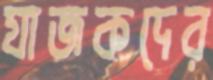
যাজকদের